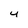
Character: 4